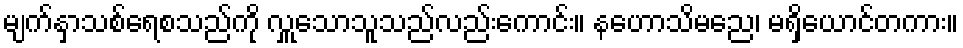
မျက်နှာသစ်ရေစသည်ကို လှူသောသူသည်လည်းကောင်း။ နဟောသိမညေ၊ မရှိယောင်တကား။